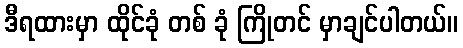
ဒီရထားမှာ ထိုင်ခုံ တစ် ခုံ ကြိုတင် မှာချင်ပါတယ်။